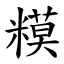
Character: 糢